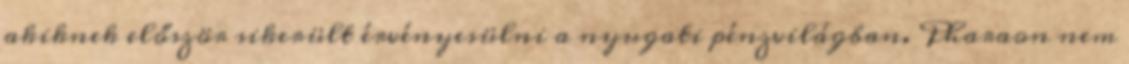
akiknek először sikerült érvényesülni a nyugati pénzvilágban. Pharaon nem